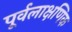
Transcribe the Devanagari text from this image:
पूर्वलाक्षणिक